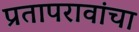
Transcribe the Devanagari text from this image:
प्रतापरावांचा